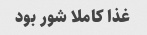
غذا کاملا شور بود